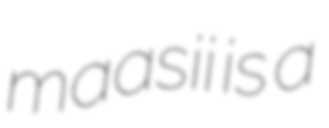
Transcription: maasii is a